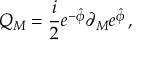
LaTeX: Q _ { M } = { \frac { i } { 2 } } e ^ { - \hat { \phi } } \partial _ { M } e ^ { \hat { \phi } } \, ,